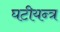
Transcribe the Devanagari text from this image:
घटीयन्त्र